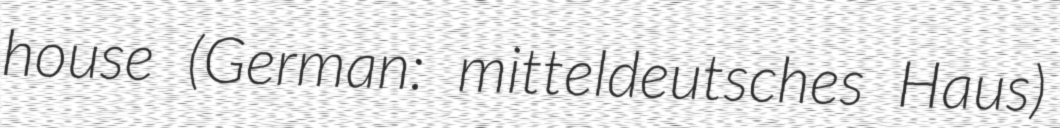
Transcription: house (German: mitteldeutsches Haus)